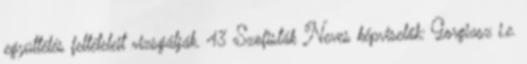
együttélés feltételeit vizsgálják. 43 Szofisták Neves képviselők: Gorgiasz i.e.